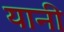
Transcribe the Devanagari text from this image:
यानी